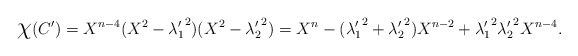
\begin{align*}\mbox{\Large$\chi$}({C'})=X^{n-4}(X^2-{\lambda'_1}^2)(X^2-{\lambda'_2}^2)=X^n -({\lambda'_1}^2 + {\lambda'_2}^2)X^{n-2}+{\lambda'_1}^2{\lambda'_2}^2X^{n-4}.\end{align*}